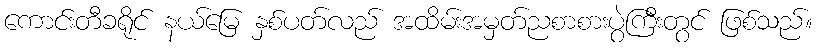
ကောင်းတီခရိုင် နယ်မြေ နှစ်ပတ်လည် အထိမ်းအမှတ်ညစာစားပွဲကြီးတွင် ဖြစ်သည်။